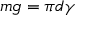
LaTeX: \, m g = \pi d \gamma